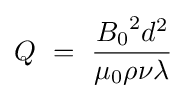
{Q}\ =\ {\frac {{B_{0}}^{2}d^{2}}{\mu _{0}\rho \nu \lambda }}